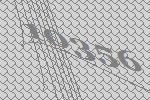
10356